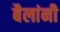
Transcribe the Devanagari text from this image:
बैलांनी